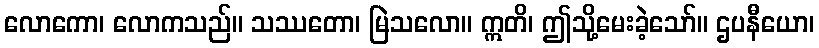
လောကော၊ လောကသည်။ သဿတော၊ မြဲသလော။ ဣတိ၊ ဤသို့မေးခဲ့သော်။ ဌပနီယော၊